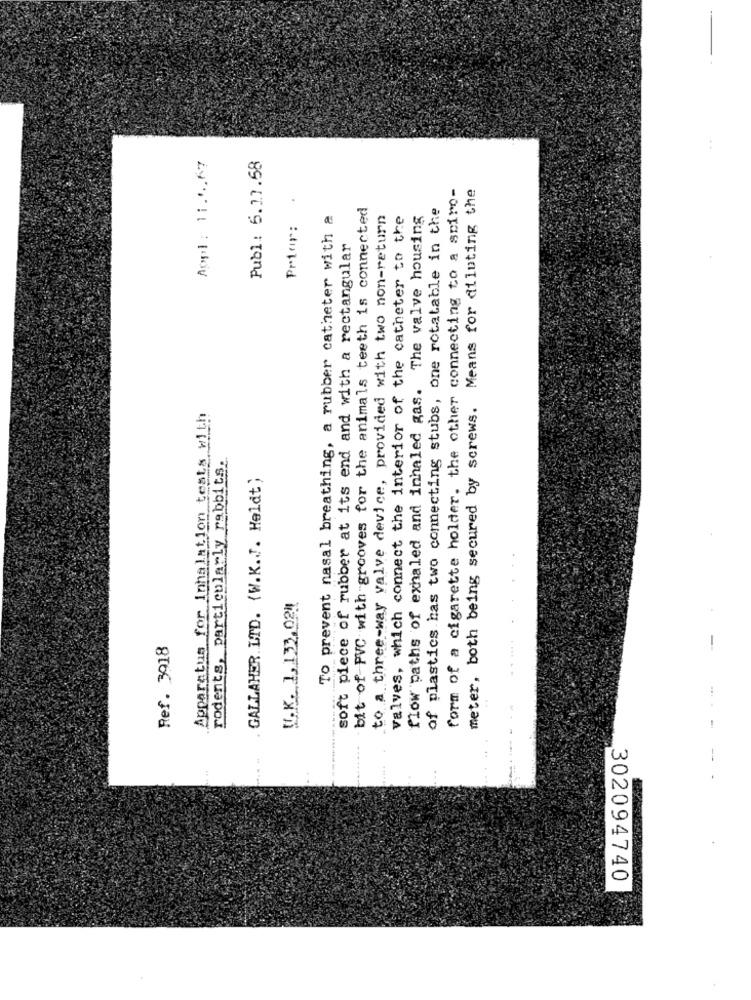
Appl: 11.5.67
Publ: 5.17.58
form of a cigarette holder. the other connecting to a sciro-
meter, both being secured by screws. Means for diluting the
bit of PVC with grooves for the animals teeth is connected
of plastics has two connecting stubs, one rotatable in the
To prevent nasal breathing, a rubber catheter with a
to a three-way valve device, provided with two non-return
valves, which connect the interior of the catheter to the
flow paths of exhaled and inhaled gas. The valve housing
Prior:
soft piece of rubber at its end and with a rectangular
Apparatus for Inhalation tests with
rodents, particularly rabbits.
GALLAHER LTD. {W.K.J. Heldt;
W.K. 1,133,021
Ref. 3918
...
302094740